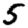
Digit: 5